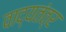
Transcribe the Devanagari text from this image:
वाद्यतंत्र